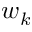
w _ { k }